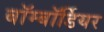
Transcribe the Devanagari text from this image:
बॉम्बॉर्डियर